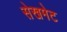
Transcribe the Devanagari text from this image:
सेखमेट